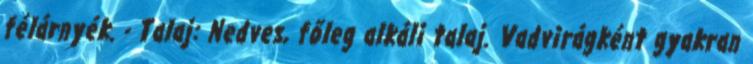
félárnyék. - Talaj: Nedves, főleg alkáli talaj. Vadvirágként gyakran